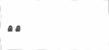
٩٣